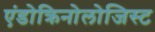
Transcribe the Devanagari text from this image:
एंडोक्रिनोलोजिस्ट